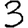
Digit: 3